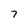
Character: 7